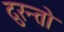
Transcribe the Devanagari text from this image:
दुरन्तो